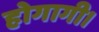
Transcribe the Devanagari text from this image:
होगागी।